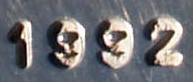
1992